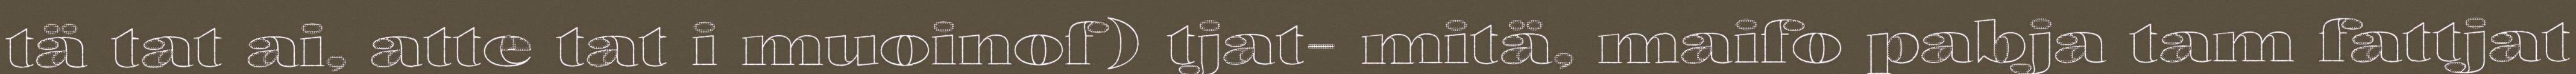
tä tat ai, atte tat i muoinof) tjat- mitä, maifo pabja tam fattjat